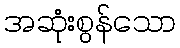
အဆုံးစွန်သော